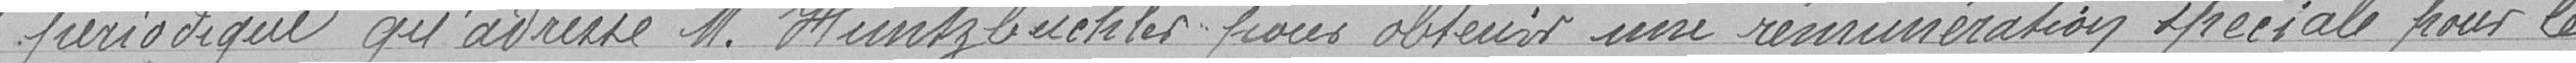
périodique qu'adresse Monsieur Huntzbuchler pour obtenir une rémunération spéciale pour le